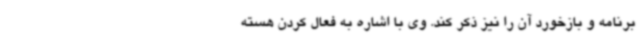
برنامه و بازخورد آن را نیز ذکر کند. وی با اشاره به فعال کردن هسته